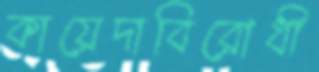
কায়েদাবিরোধী